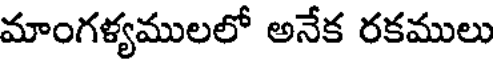
మాంగళ్యములలో అనేక రకములు